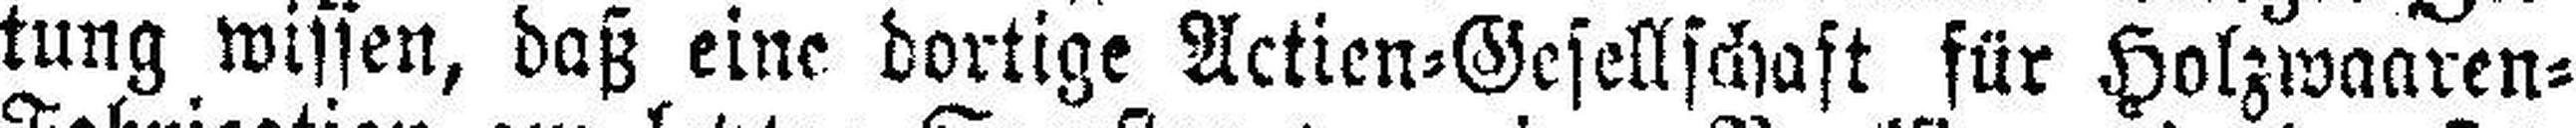
tung wissen, daß eine dortige Actien=Gesellschaft für Holzwaaren=